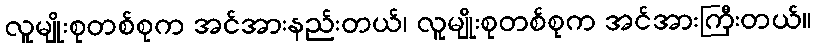
လူမျိုးစုတစ်စုက အင်အားနည်းတယ်၊ လူမျိုးစုတစ်စုက အင်အားကြီးတယ်။